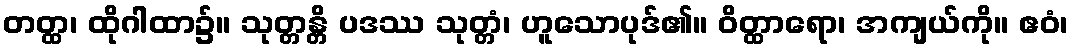
တတ္ထ၊ ထိုဂါထာ၌။ သုတ္တန္တိ ပဒဿ သုတ္တံ၊ ဟူသောပုဒ်၏။ ဝိတ္ထာရော၊ အကျယ်ကို။ ဧဝံ၊